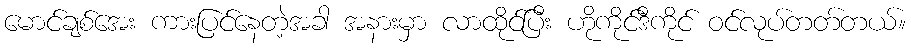
မောင်ချစ်အေး ကားပြင်နေတဲ့အခါ အနားမှာ လာထိုင်ပြီး ဟိုကိုင်ဒီကိုင် ဝင်လုပ်တတ်တယ်။